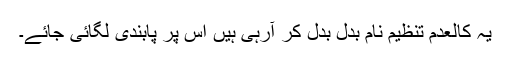
یہ کالعدم تنظیم نام بدل بدل کر آرہی ہیں اس پر پابندی لگائی جائے۔